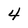
Character: 4